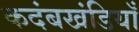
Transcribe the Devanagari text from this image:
कदंबखंडियाँ